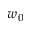
w _ { 0 }